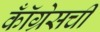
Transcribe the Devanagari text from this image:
कॉँग्रेसची